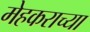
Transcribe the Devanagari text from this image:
मेहकराच्या